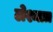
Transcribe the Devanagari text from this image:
लेश्मात्र